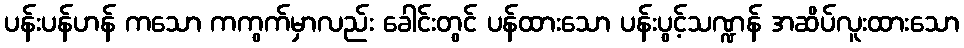
ပန်းပန်ဟန် ကသော ကကွက်မှာလည်း ခေါင်းတွင် ပန်ထားသော ပန်းပွင့်သဏ္ဍန် အဆိပ်လူးထားသော